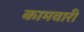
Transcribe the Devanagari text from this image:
कामवारी